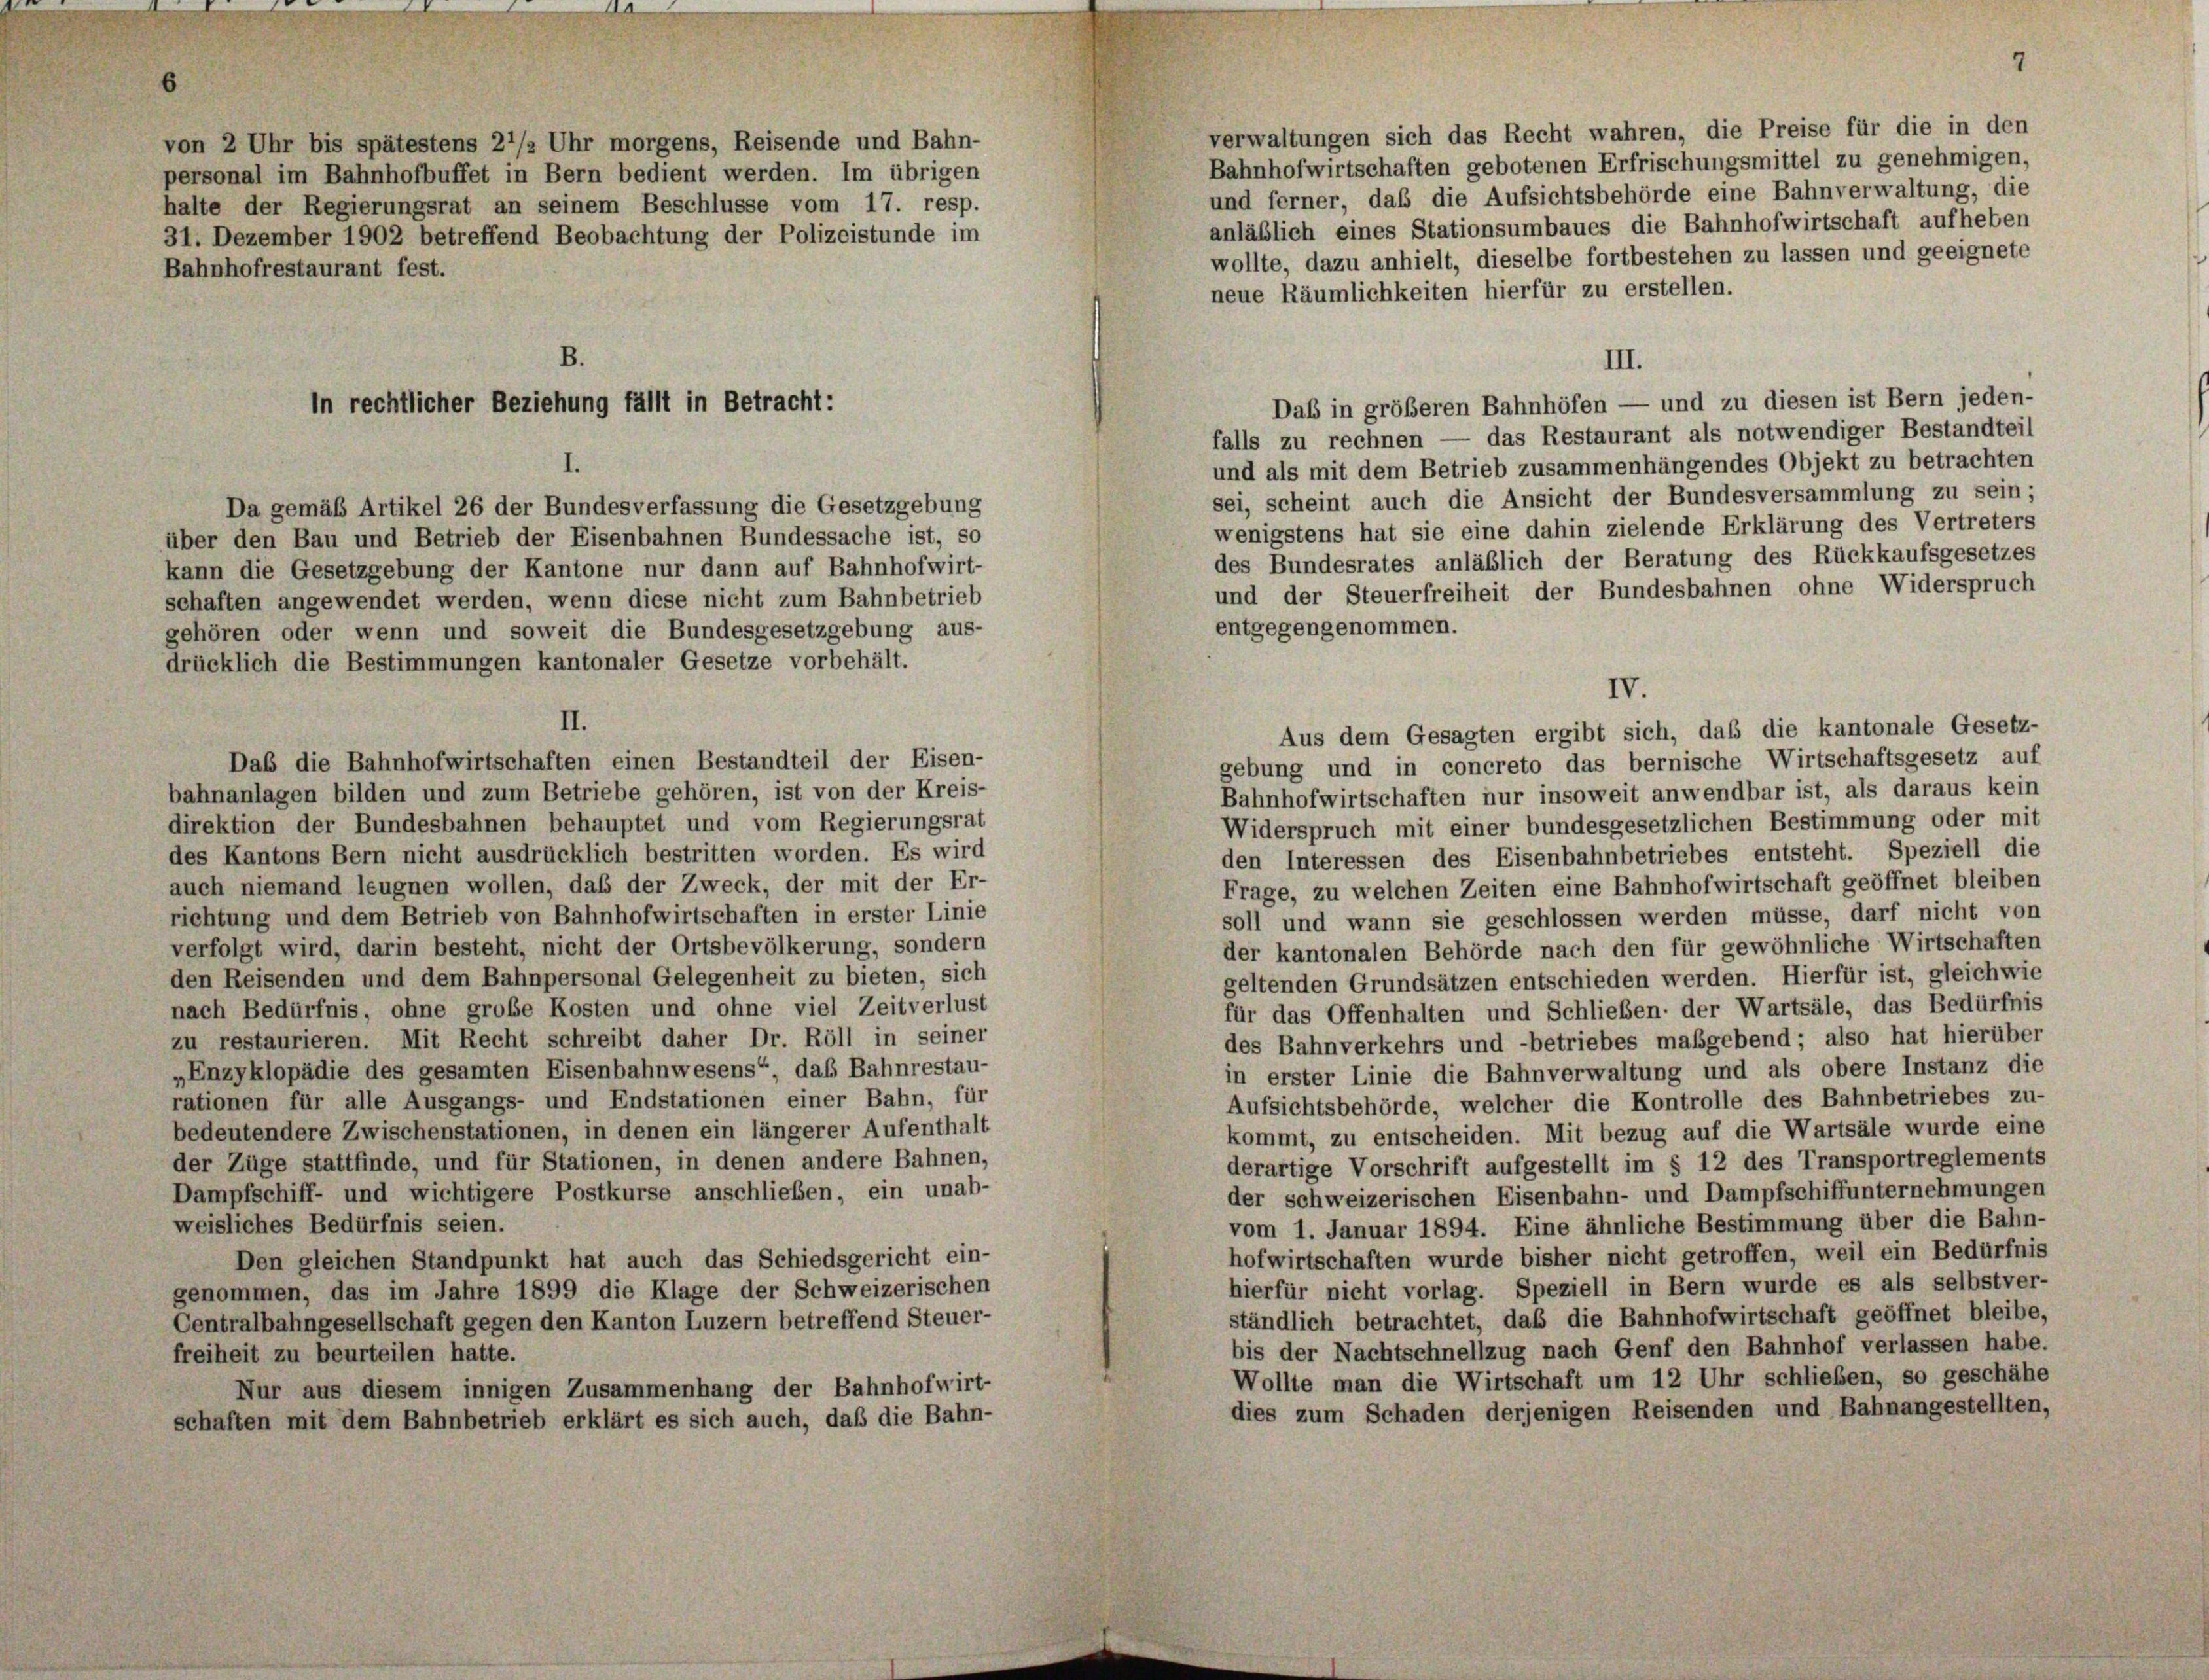
von 2 Uhr bis spätestens 2 1/2 Uhr morgens, Reisende und Bahn-
personal im Bahnhofbuffet in Bern bedient werden. Im übrigen
halte der Regierungsrat an seinem Beschlüsse vom 17. resp.
31. Dezember 1902 betreffend Beobachtung der Polizeistunde im

verwaltungen sich das Recht wahren, die Preise für die in den
Bahnhofwirtschaften gebotenen Erfrischungsmittel zu genehmigen,
und ferner, daß die Aufsichtsbehörde eine Bahnverwaltung, die
anläßlich eines Stationsumbaues die Bahnhofwirtschaft aufheben
wollte, dazu anhielt, dieselbe fortbestehen zu lassen und geeignete
Bahnhofrestaurant fest.
neue Räumlichkeiten hierfür zu erstellen.
B.
falls zu rechnen — das Restaurant als notwendiger Bestandteil
und als mit dem Betrieb zusammenhängendes Objekt zu betrachten
sei, scheint auch die Ansicht der Bundesversammlung zu sein;
Da gemäß Artikel 26 der Bundesverfassung die Gesetzgebung
wenigstens hat sie eine dahin zielende Erklärung des Vertreters
über den Bau und Betrieb der Eisenbahnen Bundessache ist, so
des Bundesrates anläßlich der Beratung des Rückkaufsgesetzes
kann die Gesetzgebung der Kantone nur dann auf Bahnhofwirt-
und der Steuerfreiheit der Bundesbahnen ohne Widerspruch
schaften angewendet werden, wenn diese nicht zum Bahnbetrieb
entgegengenommen.
gehören oder wenn und soweit die Bundesgesetzgebung aus-
drücklich die Bestimmungen kantonaler Gesetze vorbehält.
II.
Aus dem Gesagten ergibt sich, daß die kantonale Gesetz-
Das die Bahnhofwirtschaften einen Bestandteil der Eisen-
gebung und in concreto das bernische Wirtschaftsgesetz auf
bahnanlagen bilden und zum Betriebe gehören, ist von der Kreis-
Bahnhofwirtschaften nur insoweit anwendbar ist, als daraus kein
direktion der Bundesbahnen behauptet und vom Regierungsrat
Widerspruch mit einer bundesgesetzlichen Bestimmung oder mit
des Kantons Bern nicht ausdrücklich bestritten worden. Es wird
den Interessen des Eisenbahnbetriebes entsteht. Speziell die
auch niemand leugnen wollen, daß der Zweck, der mit der Er-
Frage, zu welchen Zeiten eine Bahnhofwirtschaft geöffnet bleiben
richtung und dem Betrieb von Bahnhofwirtschaften in erster Linie
soll und wann sie geschlossen werden müsse, darf nicht von
verfolgt wird, darin besteht, nicht der Ortsbevölkerung, sondern
der kantonalen Behörde nach den für gewöhnliche Wirtschaften
den Reisenden und dem Bahnpersonal Gelegenheit zu bieten, sich
geltenden Grundsätzen entschieden werden. Hierfür ist, gleichwie
nach Bedürfnis, ohne große Kosten und ohne viel Zeitverlust
für das Offenhalten und Schlieben der Wartsäle, das Bedürfnis
zu restaurieren. Mit Recht schreibt daher Dr. Röll in seiner
des Bahnverkehrs und betriebes maßgebend; also hat hierüber
„Enzyklopädie des gesamten Eisenbahnwesens“, das Bahnrestau-
in erster Linie die Bahnverwaltung und als obere Instanz die
rationen für alle Ausgangs- und Endstationen einer Bahn, für
Aufsichtsbehörde, welcher die Kontrolle des Bahnbetriebes zu-
bedeutendere Zwischenstationen, in denen ein längerer Aufenthalt
kommt, zu entscheiden. Mit bezug auf die Wartsäle wurde eine
der Züge stattfinde, und für Stationen, in denen andere Bahnen,
derartige Vorschrift aufgestellt im § 12 des Transportreglements
Dampfschiff- und wichtigere Postkurse anschließen, ein unab-
der schweizerischen Eisenbahn- und Dampfschiffunternehmungen
weisliches Bedürfnis seien.
vom 1. Januar 1894. Eine ähnliche Bestimmung über die Bahn-
hofwirtschaften wurde bisher nicht getroffen, weil ein Bedürfnis
Den gleichen Standpunkt hat auch das Schiedsgericht ein-
hierfür nicht vorlag. Speziell in Bern wurde es als selbstver-
genommen, das im Jahre 1899 die Klage der Schweizerischen
ständlich betrachtet, daß die Bahnhofwirtschaft geöffnet bleibe,
Centralbahngesellschaft gegen den Kanton Luzern betreffend Steuer-
bis der Nachtschnellzug nach Genf den Bahnhof verlassen habe.
freiheit zu beurteilen hatte.
Wollte man die Wirtschaft um 12 Uhr schlieben, so geschähe
Nur aus diesem innigen Zusammenhang der Bahnhofwirt-
dies zum Schaden derjenigen Reisenden und Bahnangestellten,
schaften mit dem Bahnbetrieb erklärt es sich auch, daß die Bahn-

In rechtlicher Beziehung fällt in Betracht:

III.
Daß in größeren Bahnhöfen — und zu diesen ist Bern jeden-

IV.